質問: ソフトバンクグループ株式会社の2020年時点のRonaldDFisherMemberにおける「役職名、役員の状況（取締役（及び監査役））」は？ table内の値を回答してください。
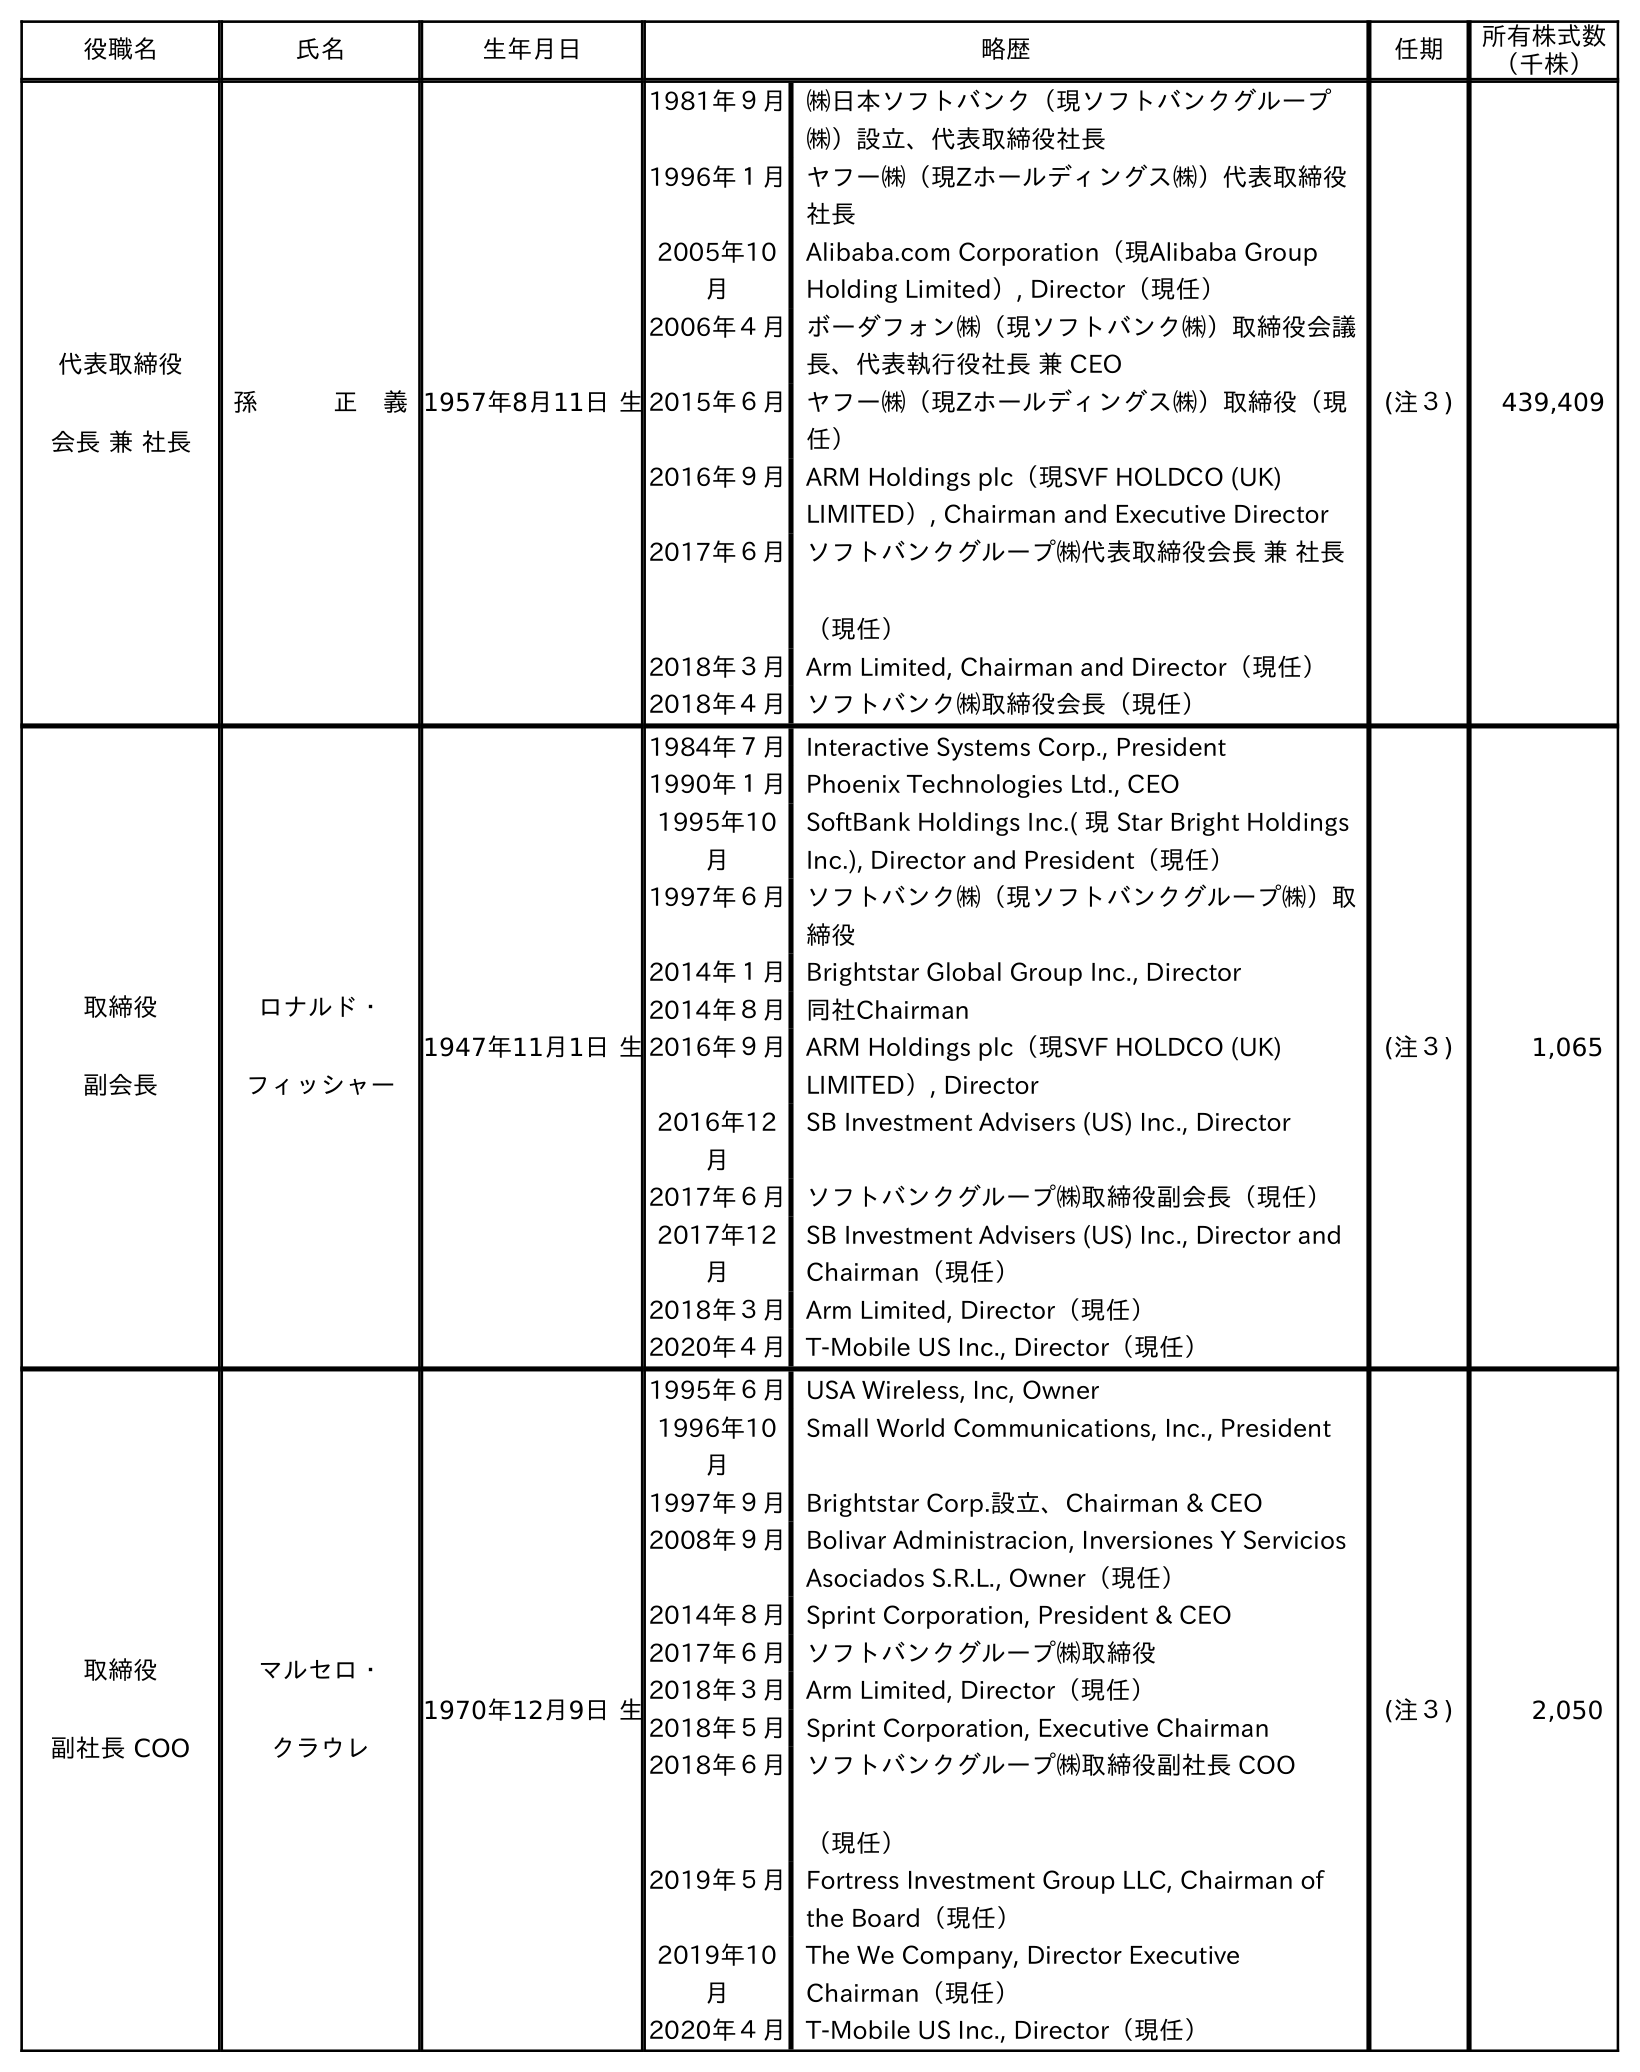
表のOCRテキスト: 役職名 氏名 生年月日 略歴 任期 所有株式数 （千株） 代表取締役 会長 兼 社長 孫   正 義1957年8月11日 生 1981年９月㈱日本ソフトバンク（現ソフトバンクグループ ㈱）設立、代表取締役社長 1996年１月ヤフー㈱（現Zホールディングス㈱）代表取締役 社長 2005年10 月 Alibaba.com Corporation（現Alibaba Group Holding Limited）, Director（現任） 2006年４月ボーダフォン㈱（現ソフトバンク㈱）取締役会議 長、代表執行役社長 兼 CEO 2015年６月ヤフー㈱（現Zホールディングス㈱）取締役（現 任） 2016年９月ARM Holdings plc（現SVF HOLDCO (UK) LIMITED）, Chairman and Executive Director 2017年６月ソフトバンクグループ㈱代表取締役会長 兼 社長 （現任） 2018年３月Arm Limited, Chairman and Director（現任） 2018年４月ソフトバンク㈱取締役会長（現任） (注３) 439,409 取締役 副会長 ロナルド・ フィッシャー 1947年11月1日 生 1984年７月Interactive Systems Corp., President 1990年１月Phoenix Technologies Ltd., CEO 1995年10 月 SoftBank Holdings Inc.( 現 Star Bright Holdings Inc.), Director and President（現任） 1997年６月ソフトバンク㈱（現ソフトバンクグループ㈱）取 締役 2014年１月Brightstar Global Group Inc., Director 2014年８月同社Chairman 2016年９月ARM Holdings plc（現SVF HOLDCO (UK) LIMITED）, Director 2016年12 月 SB Investment Advisers (US) Inc., Director 2017年６月ソフトバンクグループ㈱取締役副会長（現任） 2017年12 月 SB Investment Advisers (US) Inc., Director and Chairman（現任） 2018年３月Arm Limited, Director（現任） 2020年４月T-Mobile US Inc., Director（現任） (注３) 1,065 取締役 副社長 COO マルセロ・ クラウレ 1970年12月9日 生 1995年６月USA Wireless, Inc, Owner 1996年10 月 Small World Communications, Inc., President 1997年９月Brightstar Corp.設立、Chairman & CEO 2008年９月Bolivar Administracion, Inversiones Y Servicios Asociados S.R.L., Owner（現任） 2014年８月Sprint Corporation, President & CEO 2017年６月ソフトバンクグループ㈱取締役 2018年３月Arm Limited, Director（現任） 2018年５月Sprint Corporation, Executive Chairman 2018年６月ソフトバンクグループ㈱取締役副社長 COO （現任） 2019年５月Fortress Investment Group LLC, Chairman of the Board（現任） 2019年10 月 The We Company, Director Executive Chairman（現任） 2020年４月T-Mobile US Inc., Director（現任） (注３) 2,050
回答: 取締役副会長